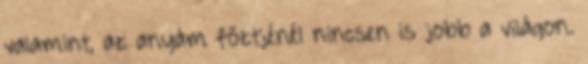
valamint, az anyám főztjénél nincsen is jobb a világon.